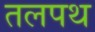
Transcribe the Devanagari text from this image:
तलपथ